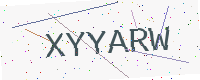
Text: XYYARW